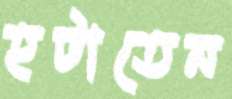
হটাতেন